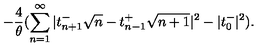
- \frac { 4 } { \theta } ( \sum _ { n = 1 } ^ { \infty } | t _ { n + 1 } ^ { - } \sqrt { n } - t _ { n - 1 } ^ { + } \sqrt { n + 1 } | ^ { 2 } - | t _ { 0 } ^ { - } | ^ { 2 } ) .